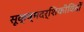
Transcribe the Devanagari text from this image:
सूक्ष्मदर्शिकीविदों